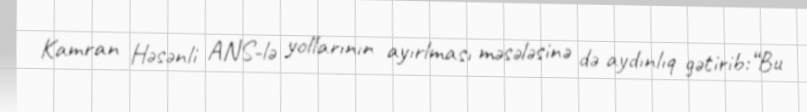
Kamran Həsənli ANS-lə yollarının ayırlması məsələsinə də aydınlıq gətirib:“Bu